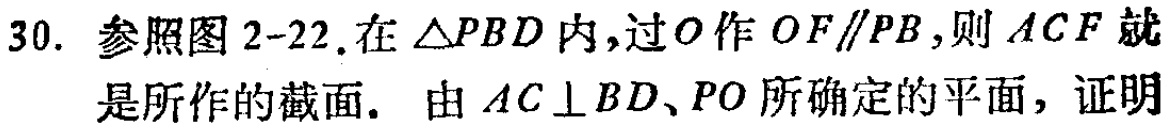
30. 参照图2-22.在\(\triangle PBD\)内,过\(O\)作\(OF\parallel PB\),则\(ACF\)就是所作的截面. 由\(AC\perp BD\)、\(PO\)所确定的平面，证明